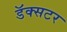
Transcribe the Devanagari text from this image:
डॅक्सटर